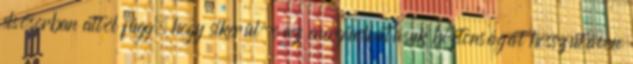
elsősorban attól függ, hogy sikerül-e az energiaellátásuk biztonságát hosszútávon